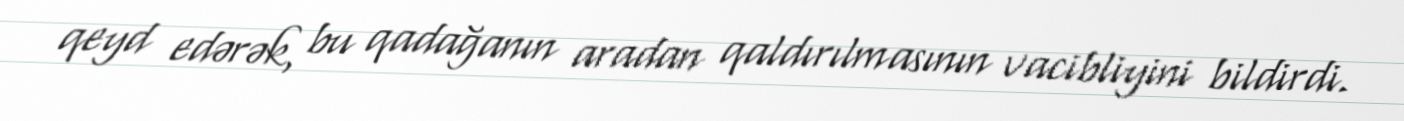
qeyd edərək, bu qadağanın aradan qaldırılmasının vacibliyini bildirdi.